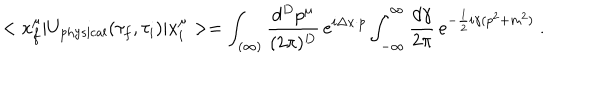
< x _ { f } ^ { \mu } | U _ { \mathrm { p h y s i c a l } } ( \tau _ { f } , \tau _ { i } ) | x _ { i } ^ { \mu } > = \int _ { ( \infty ) } \frac { d ^ { D } p ^ { \mu } } { ( 2 \pi ) ^ { D } } \, e ^ { i \Delta x \cdot p } \int _ { - \infty } ^ { \infty } \frac { d \gamma } { 2 \pi } \, e ^ { - \frac { 1 } { 2 } i \gamma ( p ^ { 2 } + m ^ { 2 } ) } \ .